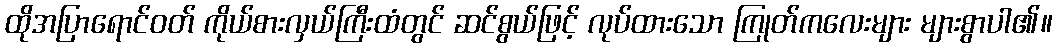
ထိုအပြာရောင်ဝတ် ကိုယ်စားလှယ်ကြီးထံတွင် ဆင်စွယ်ဖြင့် လုပ်ထားသော ကြုတ်ကလေးများ များစွာပါ၏။